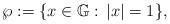
LaTeX: \begin{align*}\wp:=\{x\in \mathbb{G}:\,|x|=1\},\end{align*}